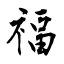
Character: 福